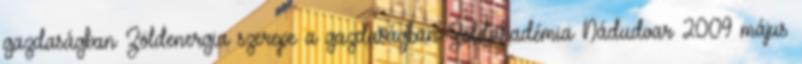
gazdaságban Zöldenergia szerepe a gazdaságban Zöldakadémia Nádudvar 2009 május